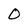
Character: O